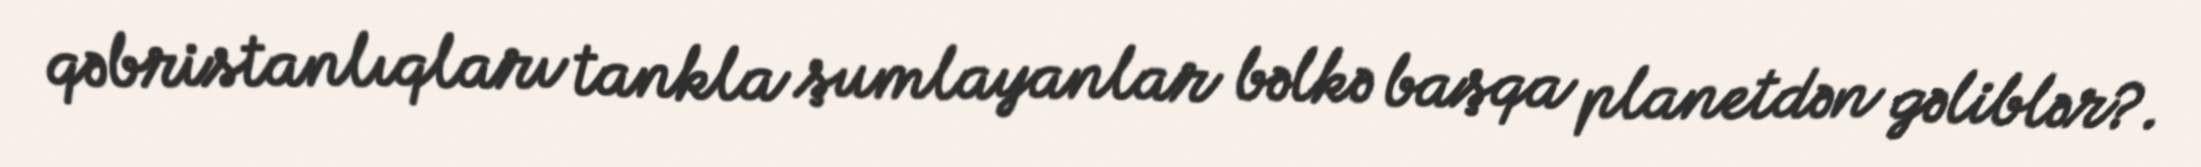
qəbristanlıqları tankla şumlayanlar bəlkə başqa planetdən gəliblər?.